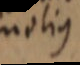
molius